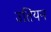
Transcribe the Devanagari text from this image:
उतियन